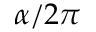
\alpha / 2 \pi